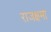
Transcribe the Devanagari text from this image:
राजक्षमा